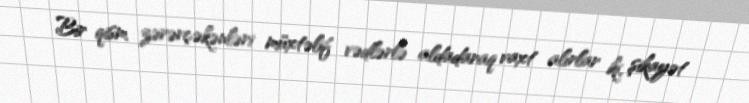
Bir qism zərərçəkənləri müxtəlif vədlərlə aldadaraq vaxt alırlar ki, şikayət